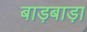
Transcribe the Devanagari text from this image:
बाड़बाड़ा